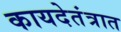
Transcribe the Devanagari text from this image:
कायदेतंत्रात